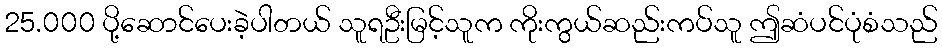
25.000 ပို့ဆောင်ပေးခဲ့ပါတယ် သူရဦးမြင့်သူက ကိုးကွယ်ဆည်းကပ်သူ ဤဆံပင်ပုံစံသည်